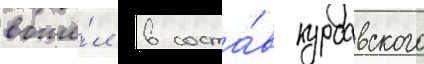
вошё́л в соста́в курсавского